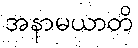
အနာမယာတိ